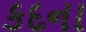
કદના